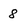
Character: 8